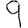
Digit: 9